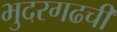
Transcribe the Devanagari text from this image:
भुदरगढची